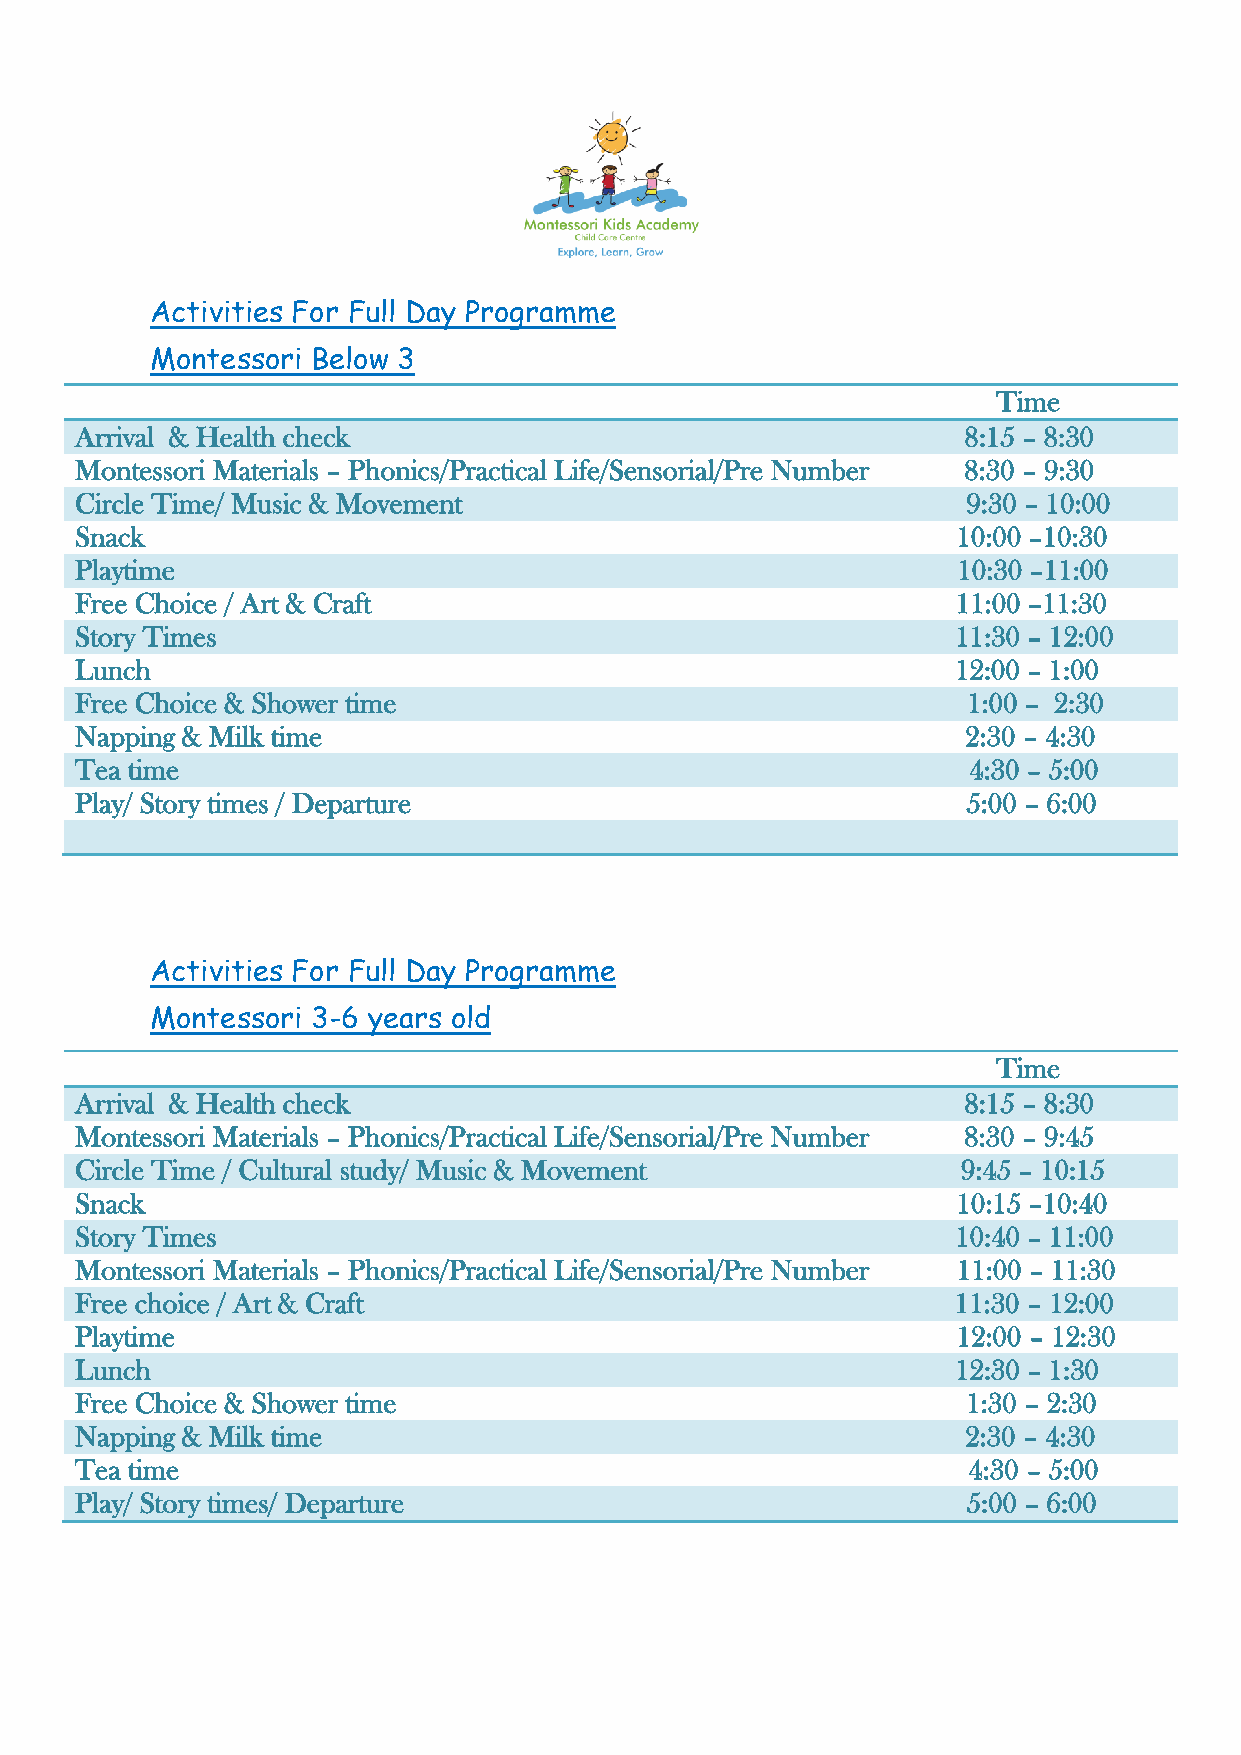
Activities For Full Day Programme
 Montessori Below 3
 Time
 Arrival & Health check                                     8:15 – 8:30
 Montessori Materials – Phonics/Practical Life/Sensorial/Pre Number 8:30 – 9:30
 Circle Time/ Music & Movement                              9:30 – 10:00
 Snack                                                     10:00 –10:30
 Playtime                                                  10:30 –11:00
 Free Choice / Art & Craft                                 11:00 –11:30
 Story Times                                               11:30 – 12:00
 Lunch                                                     12:00 – 1:00
 Free Choice & Shower time                                  1:00 – 2:30
 Napping & Milk time                                        2:30 – 4:30
 Tea time                                                   4:30 – 5:00
 Play/ Story times / Departure                              5:00 – 6:00
 Activities For Full Day Programme
 Montessori 3-6 years old
 Time
 Arrival & Health check                                     8:15 – 8:30
 Montessori Materials – Phonics/Practical Life/Sensorial/Pre Number 8:30 – 9:45
 Circle Time / Cultural study/ Music & Movement             9:45 – 10:15
 Snack                                                     10:15 –10:40
 Story Times                                               10:40 – 11:00
 Montessori Materials – Phonics/Practical Life/Sensorial/Pre Number 11:00 – 11:30
 Free choice / Art & Craft                                 11:30 – 12:00
 Playtime                                                  12:00 – 12:30
 Lunch                                                     12:30 – 1:30
 Free Choice & Shower time                                  1:30 – 2:30
 Napping & Milk time                                        2:30 – 4:30
 Tea time                                                   4:30 – 5:00
 Play/ Story times/ Departure                               5:00 – 6:00